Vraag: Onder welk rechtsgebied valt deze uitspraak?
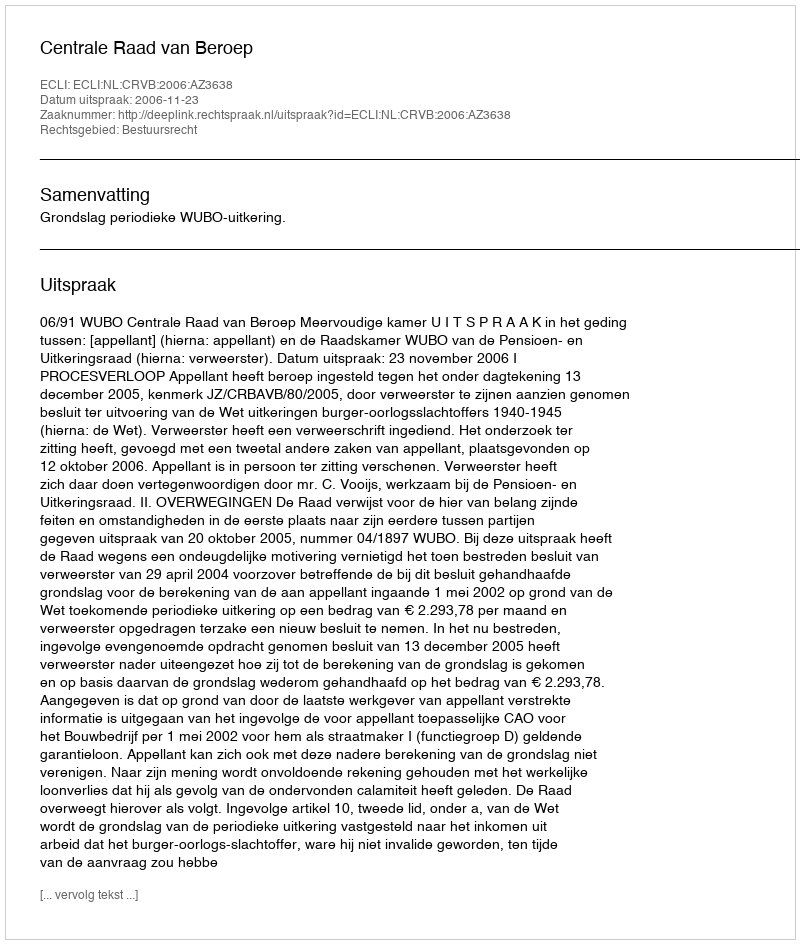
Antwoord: Bestuursrecht